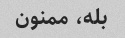
بله، ممنون